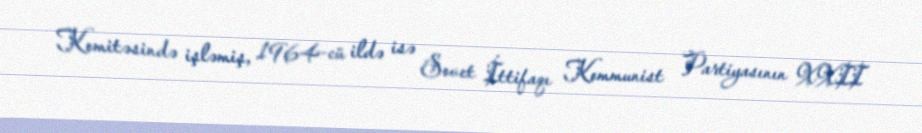
Komitəsində işləmiş, 1964-cü ildə isə Sovet İttifaqı Kommunist Partiyasının XXII